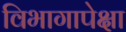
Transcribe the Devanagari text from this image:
विभागापेक्षा